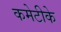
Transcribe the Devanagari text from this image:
कमेटीके